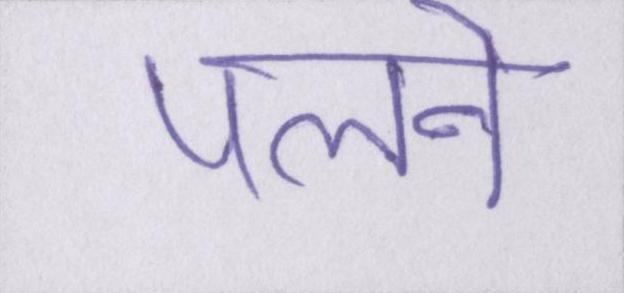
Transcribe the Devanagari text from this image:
पलने